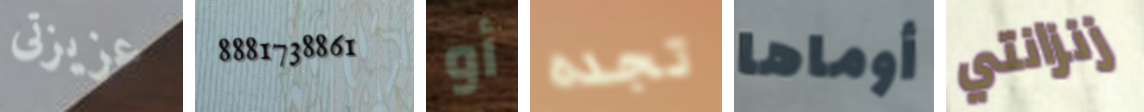
عزيزتى 8881738861 أو تجده أوماها زنزانتي